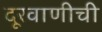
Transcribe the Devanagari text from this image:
दूरवाणीची